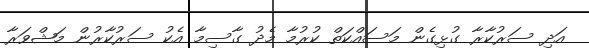
އަދި ސަރުކާރާ ގުޅިގެން މަސައްކަތް ކުރުމާ މެދު ގާސިމާ އެކު ސަރުކާރުން މަޝްވަރާ